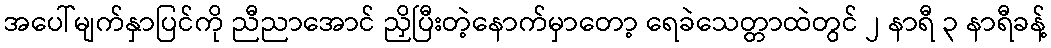
အပေါ်မျက်နှာပြင်ကို ညီညာအောင် ညှိပြီးတဲ့နောက်မှာတော့ ရေခဲသေတ္တာထဲတွင် ၂ နာရီ ၃ နာရီခန့်